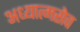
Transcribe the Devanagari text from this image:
अध्यात्मसेव